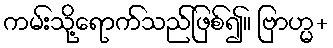
ကမ်းသို့ရောက်သည်ဖြစ်၍။ ဗြာဟ္မ+